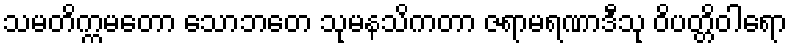
သမတိက္ကမတော သောဘတေ သုမနသိကတာ ဇရာမရဏာဒီသု ဝိပတ္တိဝါရော